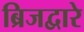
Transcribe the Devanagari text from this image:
ब्रिजद्वारे